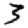
Digit: 3